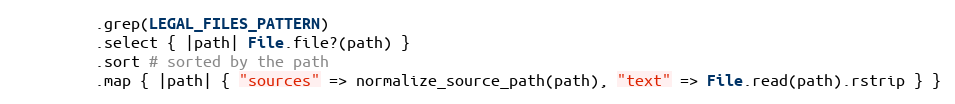
Language: Ruby
         .grep(LEGAL_FILES_PATTERN)
         .select { |path| File.file?(path) }
         .sort # sorted by the path
         .map { |path| { "sources" => normalize_source_path(path), "text" => File.read(path).rstrip } }